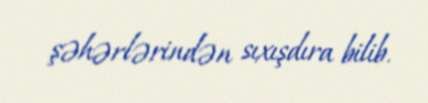
şəhərlərindən sıxışdıra bilib.